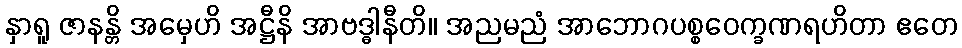
နှာရူ ဇာနန္တိ အမှေဟိ အဋ္ဌီနိ အာဗဒ္ဓါနီတိ။ အညမညံ အာဘောဂပစ္စဝေက္ခဏရဟိတာ ဧတေ